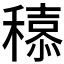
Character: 𮃮